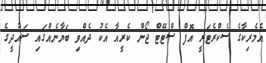
އެމެރިކާގެ ސެކްރެޓަރީ އޮފް ސްޓޭޓް ޖޯން ކެރީއާ އެކު ދެއްވި ބަޔާނެއްގައި ސައުދީގެ